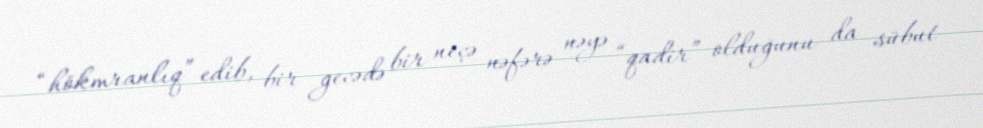
“hökmranlıq” edib, bir gecədə bir neçə nəfərə nəyə “qadir” olduğunu da sübut